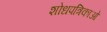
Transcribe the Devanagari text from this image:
शोधपत्रिकाओं